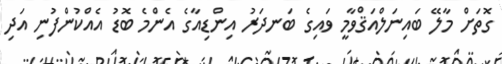
ގޮތަށް މާލޭ ބައިނަލްއަޤްވާމީ ވައިގެ ބަނދަރު އިންޑިއާގެ އެންމެ ބޮޑު އެއްކުންފުނި އަދި